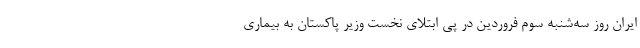
ایران روز سه‌شنبه سوم فروردین در پی ابتلای نخست وزیر پاکستان به بیماری